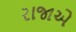
રાજાએ